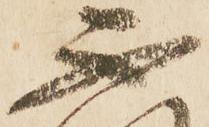
不